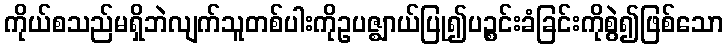
ကိုယ်စသည်မရှိဘဲလျက်သူတစ်ပါးကိုဥပဇ္ဈာယ်ပြု၍ပဉ္စင်းခံခြင်းကိုစွဲ၍ဖြစ်သော